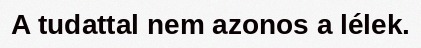
A tudattal nem azonos a lélek.